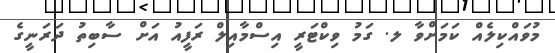
މުވައްކިލެއް ކަމަށްވާ ލ. ގަމު ވިކްޓަރީ އިސްމާއިލް ރަފީއު އަށް ސާބިތު ދަރަނީގެ